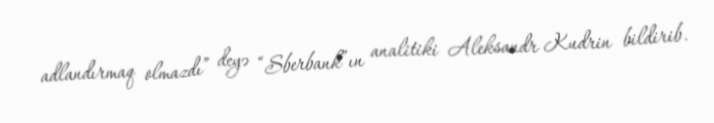
adlandırmaq olmazdı” deyə “Sberbank”ın analitiki Aleksandr Kudrin bildirib.